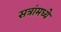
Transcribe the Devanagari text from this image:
सत्रांमध्ये